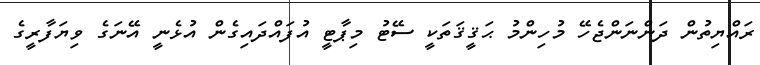
ރައްޔިތުން ދަންނަންޖެހޭ މުހިންމު ޙަޤީޤަތަކީ ސޭޓު މިޕާޓީ އުފައްދައިގެން އުޅެނީ އޭނަގެ ވިޔަފާރީގެ